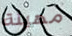
مهينة